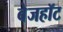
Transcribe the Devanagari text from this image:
बेजहॉट